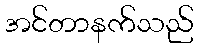
အင်တာနက်သည်